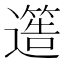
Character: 𮟐